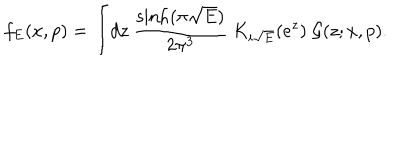
f _ { E } ( x , p ) = \int \! d z ~ \frac { \sinh ( \pi \sqrt { E } ) } { 2 \pi ^ { 3 } } ~ K _ { i \sqrt { E } } ( e ^ { z } ) ~ \mathcal { G } ( z ; x , p ) .